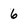
Character: 6